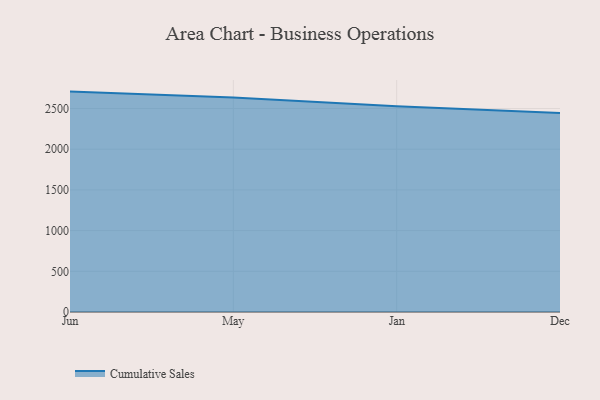
{"axis": {"x": "Month", "y": "Latency (ms)"}, "legend": ["Cumulative Sales"], "data": [{"x": "Jun", "y": 2707.6, "type": "Cumulative Sales"}, {"x": "May", "y": 2634.2, "type": "Cumulative Sales"}, {"x": "Jan", "y": 2527.4, "type": "Cumulative Sales"}, {"x": "Dec", "y": 2445.7, "type": "Cumulative Sales"}]}